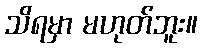
သိရမှာ မဟုတ်ဘူး။